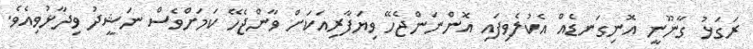
ރަގަޅު ގާނޫނީ އޮނިގަނޑެއް އެކުލެވިފައި އޮންނަންޖެހޭ ވިޔަފާރިއަކަށް ވާންޖެހޭ ކަމަށްވެސް ނަޝީދު ވިދާޅުވިއެވެ.